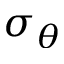
\sigma _ { \theta }